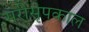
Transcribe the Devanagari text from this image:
सरीसृपकाल